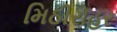
મિઠીરોહર